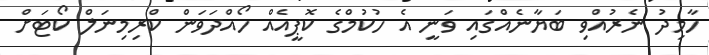
ހާމިދު ނެރުއްވި ބަޔާނެއްގައި ވަނީ އެ ހުކުމްގެ ކޮޕީއެއް ހޯއްދަވަން ކްރިމިނަލް ކޯޓަށް